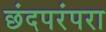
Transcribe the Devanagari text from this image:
छंदपरंपरा